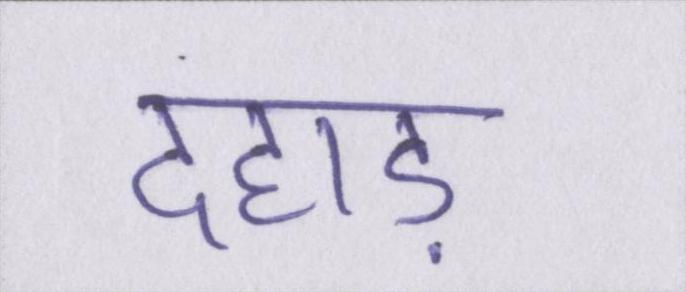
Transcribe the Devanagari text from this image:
दहाड़